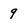
Character: 9